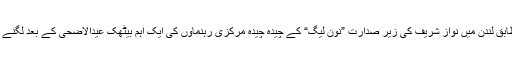
ذرائع کے مطابق لندن میں نواز شریف کی زیر صدارت ”نون لیگ“ کے چیدہ چیدہ مرکزی رہنماؤں کی ایک اہم بیٹھک عیدالاضحیٰ کے بعد لگنے کا امکان ہے۔